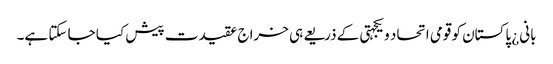
بانی¿ پاکستان کو قومی اتحاد و یکجہتی کے ذریعے ہی خراج عقیدت پیش کیا جا سکتا ہے۔